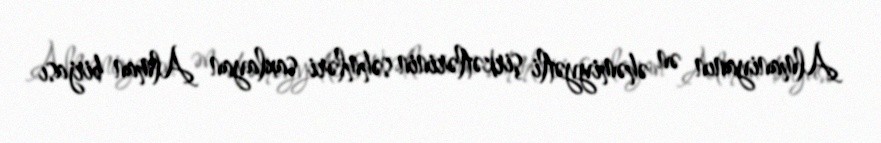
Almaniyanın ən əhəmiyyətli şirkətlərinin səhmləri saxlayan Alman birjası